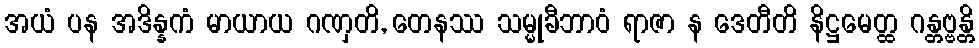
အယံ ပန အဒိန္နကံ မာယာယ ဂဏှတိ, တေနဿ သမ္မုခီဘာဝံ ရာဇာ န ဒေတီတိ နိဋ္ဌမေတ္ထ ဂန္တဗ္ဗန္တိ